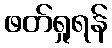
ဖတ်ရှုရန်